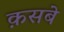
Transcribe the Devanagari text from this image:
क़सबे